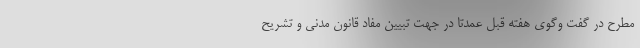
مطرح در گفت وگوی هفته قبل عمدتاً در جهت تبیین مفاد قانون مدنی و تشریح